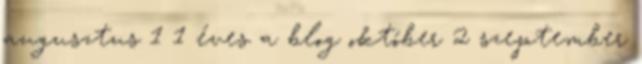
augusztus 1 1 éves a blog október 2 szeptember